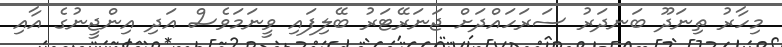
މިހާރު ތިނަދޫ ބަނދަރު ސަރަހައްދަށް ޖަނަރޭޓަރު ބޭލިފައި ވީނަމަވެސް އަދި އިންޖީނުގެ އާއި